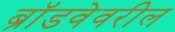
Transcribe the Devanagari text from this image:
ब्रॉडवेवरील